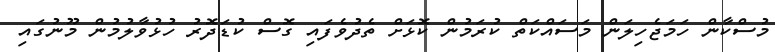
މުސްކާން ހަމަޖެހިލަން މަސައްކަތް ކުރަމުން ކޮޅަށް ތެދުވެފައި ގޮސް ކުޑަދޮރު ހުޅުވާލުމުން މޫނުގައި